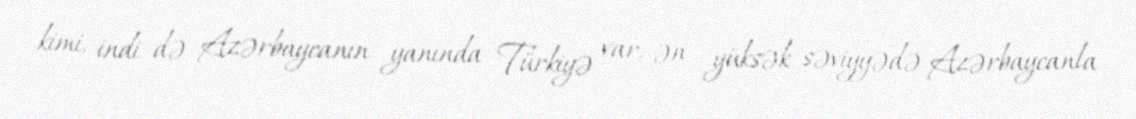
kimi, indi də Azərbaycanın yanında Türkiyə var, ən yüksək səviyyədə Azərbaycanla